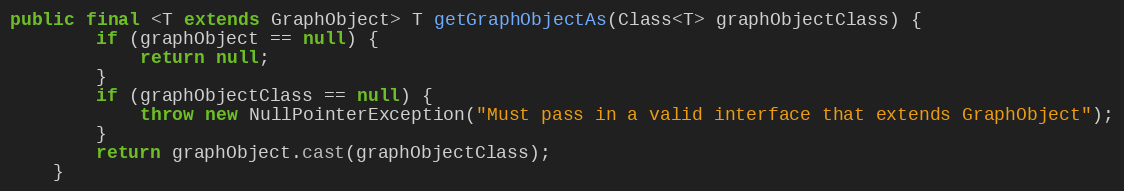
Language: Java
public final <T extends GraphObject> T getGraphObjectAs(Class<T> graphObjectClass) {
        if (graphObject == null) {
            return null;
        }
        if (graphObjectClass == null) {
            throw new NullPointerException("Must pass in a valid interface that extends GraphObject");
        }
        return graphObject.cast(graphObjectClass);
    }